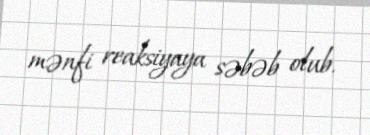
mənfi reaksiyaya səbəb olub.